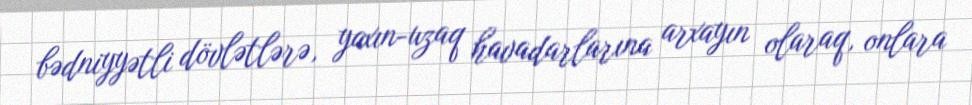
bədniyyətli dövlətlərə, yaxın-uzaq havadarlarına arxayın olaraq, onlara